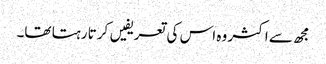
مجھ سے اکثر وہ اس کی تعریفیں کرتا رہتا تھا۔